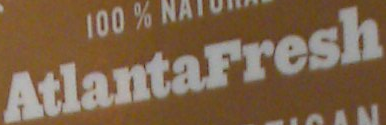
AtlantaFresh